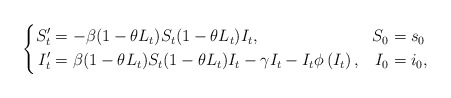
\begin{align*}\left\{\begin{aligned}S^\prime_t&=-\beta(1-\theta L_t)S_t (1-\theta L_t )I_t, & S_0 &= s_0\\I^\prime_t &=\beta(1-\theta L_t )S_t (1-\theta L_t )I_t -\gamma I_t -I_t \phi\left(I_t \right), & I_0 &= i_0,\end{aligned}\right.\end{align*}